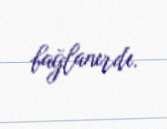
bağlanırdı.